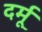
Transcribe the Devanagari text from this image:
दर्मू